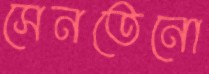
সেনতেনো